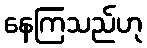
နေကြသည်ဟု